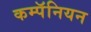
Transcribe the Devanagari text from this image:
कम्पॅनियन